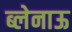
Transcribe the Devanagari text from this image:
ब्लेनाऊ